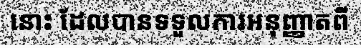
នោះ ដែលបានទទួលការអនុញ្ញាតពី